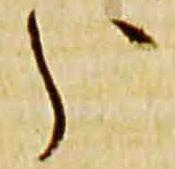
分